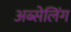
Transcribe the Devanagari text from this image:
अब्सेलिंग